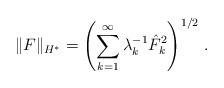
LaTeX: \begin{align*}\|F\|_{H^*}=\left(\sum_{k=1}^{\infty}\lambda_k^{-1}\hat{F}_k^2\right)^{{1}/{2}}\,.\end{align*}